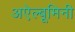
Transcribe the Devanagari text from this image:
अऐल्बूमिनी